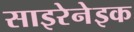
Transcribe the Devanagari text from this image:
साइरेनेइक